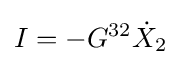
I=-G^{32}{\dot {X}}_{2}